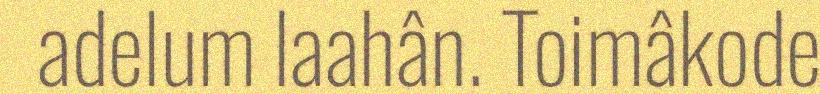
adelum laahân. Toimâkode